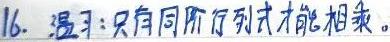
16. 温习：只有同阶行列式才能相乘。